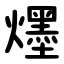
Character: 爅